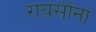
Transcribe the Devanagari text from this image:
राय़सीना